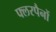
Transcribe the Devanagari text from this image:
फ्लरपैनों